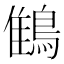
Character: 䳡